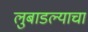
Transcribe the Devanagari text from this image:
लुबाडल्याचा